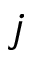
j